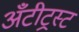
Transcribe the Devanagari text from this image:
अँटीट्रस्ट